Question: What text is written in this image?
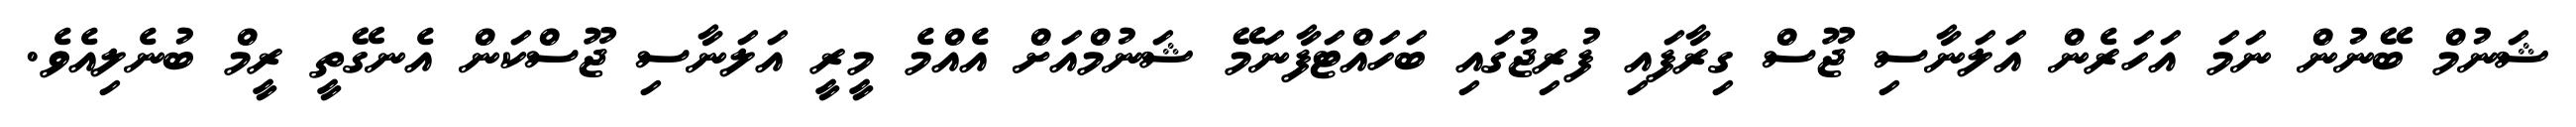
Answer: ޝަނުމް ބޭނުން ނަމަ އަހަރެން އަލަނާސި ޖޫސް ގިރާފައި ފުރިޖުގައި ބަހައްޓަފާނަމޭ ޝަނުމްއަށް އެއްމެ މީރީ އަލަނާސި ޖޫސްކަން އެނގޭތީ ރީމް ބުނެލިއެވެ.